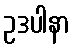
ဥဒပါနာ